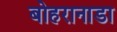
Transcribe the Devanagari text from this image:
बोहरानाडा